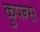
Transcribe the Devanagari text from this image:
कुपन्स